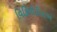
વિકિપીડીયાએ